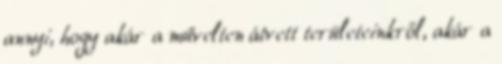
annyi, hogy akár a művelten átvett területeinkről, akár a